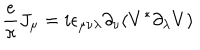
{ \frac { e } { \pi } } J _ { \mu } = i \epsilon _ { \mu \nu \lambda } \partial _ { \nu } ( V ^ { \ast } \partial _ { \lambda } V )